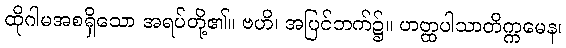
ထိုဂါမအစရှိသော အရပ်တို့၏။ ဗဟိ၊ အပြင်ဘက်၌။ ဟတ္ထပါသာတိက္ကမေန၊